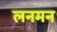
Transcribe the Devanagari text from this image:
लनमन